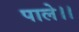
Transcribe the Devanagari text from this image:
पाले।।